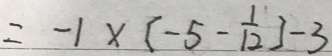
= - 1 \times [ - 5 - \frac { 1 } { 1 2 } ] - 3